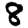
Digit: 8